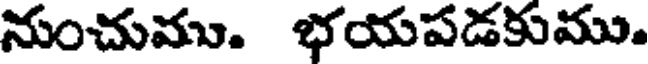
నుంచుము. భయపడకుము.